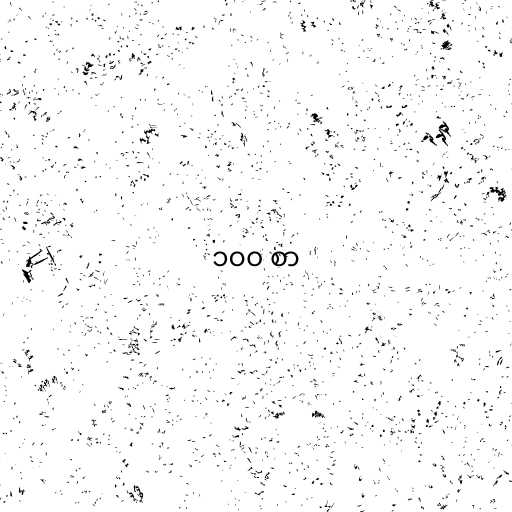
၁၀၀ စာ